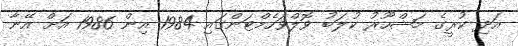
އަދި ކުރީގެ މަޝްހޫރު ކުލަބު ވޮލްވަހެމްޓަންގައި 1984 އިން 1986 އަށް އޭނާ